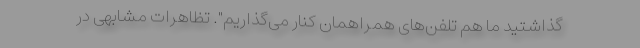
گذاشتید ما هم تلفن‌های همراهمان کنار می‌گذاریم". تظاهرات مشابهی در